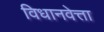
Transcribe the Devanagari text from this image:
विधानवेत्ता